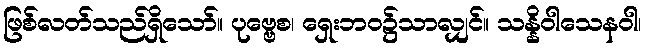
ဖြစ်လတ်သည်ရှိသော်။ ပုဗ္ဗေစ၊ ရှေးဘဝ၌သာလျှင်။ သန္နိဝါသေနဝါ၊